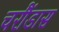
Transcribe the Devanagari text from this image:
चरौंडास